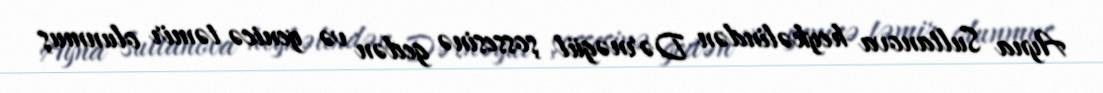
Ayna Sultanova heykəlindən Dərnəgül şossesinə gedən və yenicə təmir olunmuş